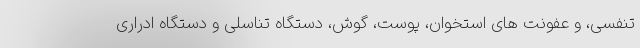
تنفسی، و عفونت های استخوان، پوست، گوش، دستگاه تناسلی و دستگاه ادراری